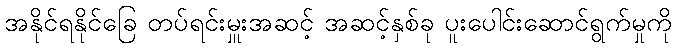
အနိုင်ရနိုင်ခြေ တပ်ရင်းမှူးအဆင့် အဆင့်နှစ်ခု ပူးပေါင်းဆောင်ရွက်မှုကို